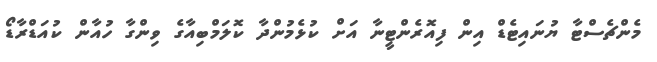
މެންޗެސްޓާ ޔުނައިޓެޑް އިން ފިއޮރެންޓީނާ އަށް ކުޅެމުންދާ ކޮލަމްބިއާގެ ވިންގާ ހުއާން ކުއަޑްރާޑޯ